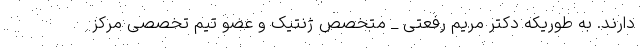
دارند. به طوریکه دکتر مریم رفعتی _ متخصص ژنتیک و عضو تیم تخصصی مرکز